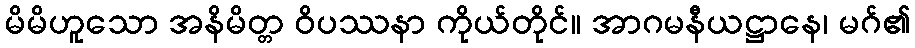
မိမိဟူသော အနိမိတ္တ ဝိပဿနာ ကိုယ်တိုင်။ အာဂမနီယဋ္ဌာနေ၊ မဂ်၏